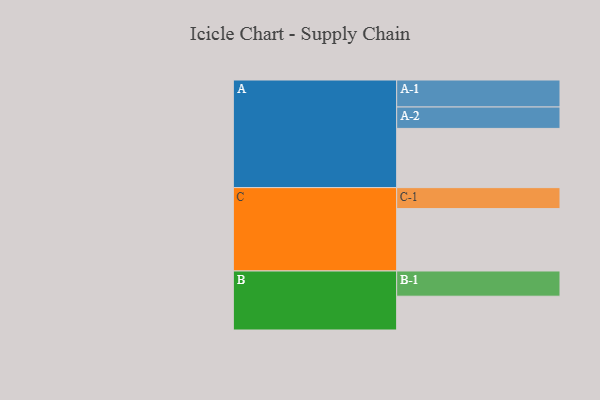
{"axis": {"x": "Segment", "y": "Value"}, "legend": ["", "A", "B", "C"], "data": [{"x": "A", "y": 559, "type": ""}, {"x": "B", "y": 319, "type": ""}, {"x": "C", "y": 589, "type": ""}, {"x": "A-1", "y": 255, "type": "A"}, {"x": "A-2", "y": 202, "type": "A"}, {"x": "B-1", "y": 238, "type": "B"}, {"x": "C-1", "y": 198, "type": "C"}]}